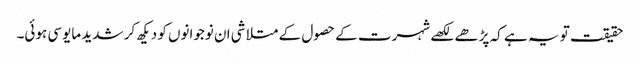
حقیقت تو یہ ہے کہ پڑھے لکھے شہرت کے حصول کے متلاشی ان نوجوانوں کو دیکھ کر شدید مایوسی ہوئی۔